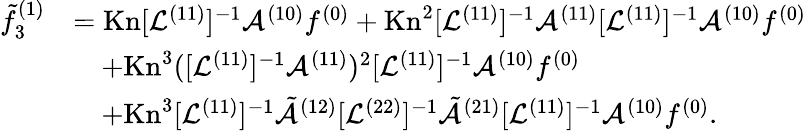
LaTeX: \begin{array}{rl}{\tilde{f}_{3}^{(1)}}&{=\mathrm{Kn}[\mathcal{L}^{(11)}]^{-1}\mathcal{A}^{(10)}f^{(0)}+\mathrm{Kn}^{2}[\mathcal{L}^{(11)}]^{-1}\mathcal{A}^{(11)}[\mathcal{L}^{(11)}]^{-1}\mathcal{A}^{(10)}f^{(0)}}\\ &{\quad+\mathrm{Kn}^{3}([\mathcal{L}^{(11)}]^{-1}\mathcal{A}^{(11)})^{2}[\mathcal{L}^{(11)}]^{-1}\mathcal{A}^{(10)}f^{(0)}}\\ &{\quad+\mathrm{Kn}^{3}[\mathcal{L}^{(11)}]^{-1}\tilde{\mathcal{A}}^{(12)}[\mathcal{L}^{(22)}]^{-1}\tilde{\mathcal{A}}^{(21)}[\mathcal{L}^{(11)}]^{-1}\mathcal{A}^{(10)}f^{(0)}.}\end{array}